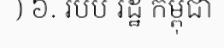
) ៦. របប រដ្ឋ កម្ពុជា